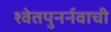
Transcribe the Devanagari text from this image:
श्वेतपुनर्नवाची